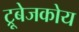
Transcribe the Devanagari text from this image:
ट्रूबेजकोय